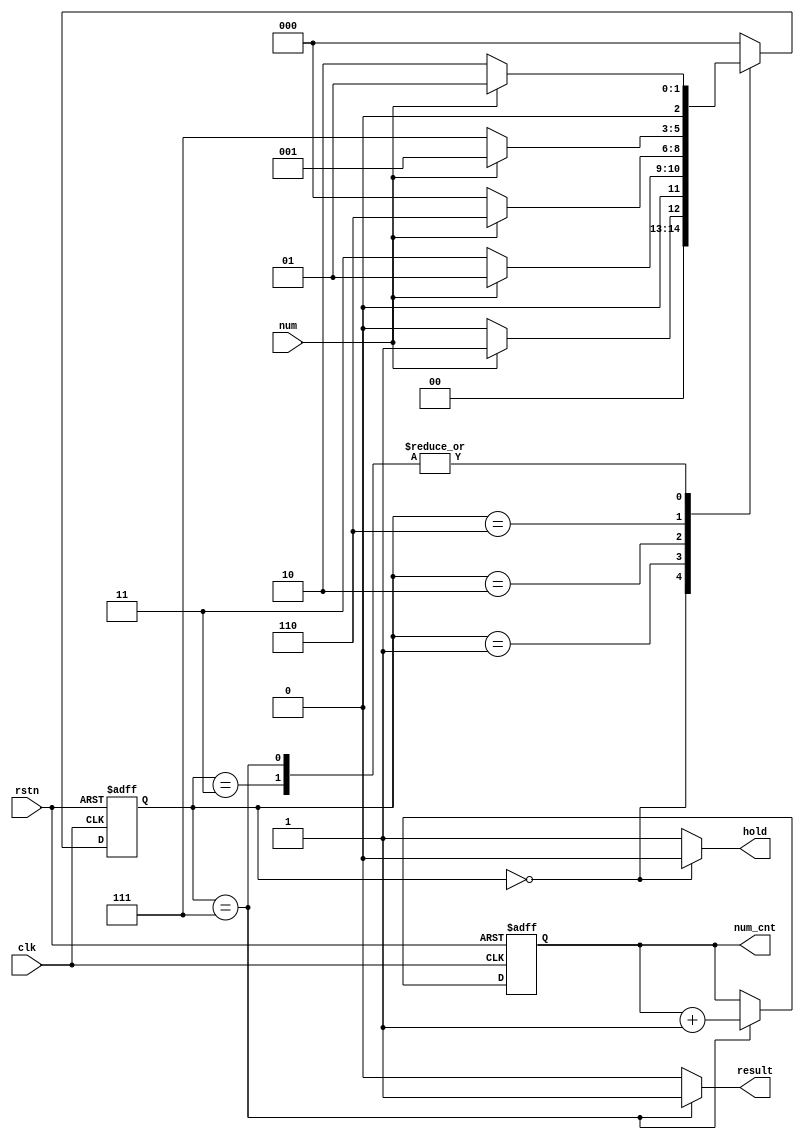
module check (
    input clk,
    input rstn, 
    input num,
    output hold,
    output[3:0] num_cnt,
    output result
);

// -- reg define
    reg hold;
    reg[3:0] num_cnt;
    reg[3:0] num_cnt_nxt;
    reg result;

// -- parameter define
parameter [2:0] IDLE = 3'b000;
parameter [2:0] S1 = 3'b001;
parameter [2:0] S2 = 3'b011;
parameter [2:0] S3 = 3'b010;
parameter [2:0] S4 = 3'b110;
parameter [2:0] S5 = 3'b111; 

// -- current_state
reg [2:0] current_state, next_state;

// -- state define(transfer)
always @(posedge clk or negedge rstn) begin
    if(!rstn)
        current_state <= IDLE;
    else
        current_state <= next_state;
end

// -- state switch
always @(num or current_state) begin
    case (current_state)
    IDLE: if(num)
            next_state = S1;
        else
            next_state = IDLE;
    
    S1: if(num)
            next_state = S1;
        else
            next_state = S2;

    S2: if(num)
            next_state = S1;
        else
            next_state = S3;
    
    S3: if(num)
            next_state = S4;
        else
            next_state = IDLE;

    S4: if(num)
            next_state = S1;
        else
            next_state = S5;

    S5: if(num)
            next_state = S1;
        else
            next_state = S3;
    
    default:
        next_state = IDLE;

    endcase
    
end

// -- Output
always @(current_state) begin
    if(current_state == IDLE)
        hold = 1'b0;
    else
        hold = 1'b1; 
end

always @(current_state) begin
    if(current_state == S5) begin
        result = 1'b1;
        num_cnt_nxt = num_cnt + 1;
    end

    else begin
        result = 1'b0;
        num_cnt_nxt = num_cnt; 
    end
    
end

always @(posedge clk or negedge rstn) begin
    if(!rstn)
        num_cnt  <= 4'h0;
    else
        num_cnt <= num_cnt_nxt;
end
    
endmodule